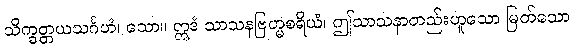
သိက္ခတ္တယသင်္ဂဟံ၊ သော။ ဣဒံ သာသနဗြဟ္မစရိယံ၊ ဤသာသနာတည်းဟူသော မြတ်သော